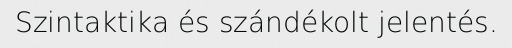
Szintaktika és szándékolt jelentés.